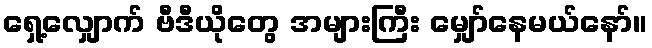
ရှေ့လျှောက် ဗီဒီယိုတွေ အများကြီး မျှော်နေမယ်နော်။